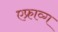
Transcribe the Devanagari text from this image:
एफ्राव्ग